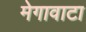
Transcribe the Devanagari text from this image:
मेगावाटा